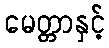
မေတ္တာနှင့်